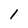
Character: l